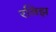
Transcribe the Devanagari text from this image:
रविझ